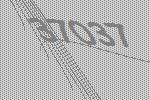
37037